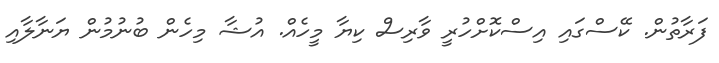
ފަރާތުން. ކޭސްގައި އިސްކޮށްހުރީ ވާރިސް ކިޔާ މީހެއް. އުޝާ މިހެން ބުނުމުން ޔަނާލާއި